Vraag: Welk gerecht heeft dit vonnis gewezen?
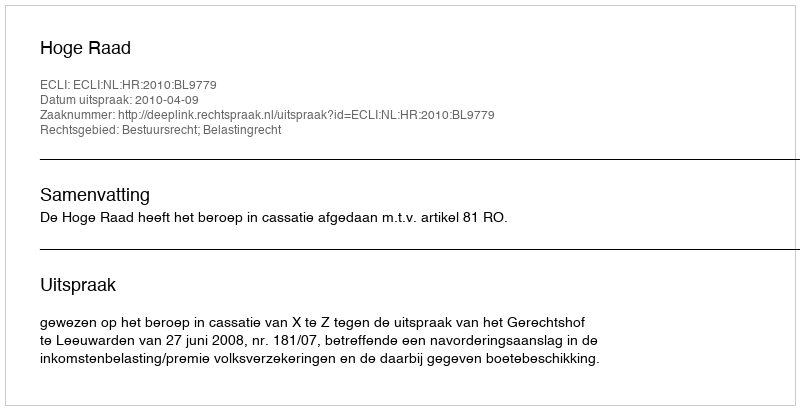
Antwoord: Hoge Raad